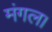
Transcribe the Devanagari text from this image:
मंगल।